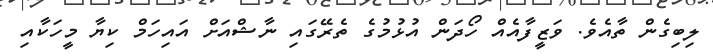
ލިބިގެން ތާއެވެ. ވަޒީފާއެއް ހޯދަން އުޅުމުގެ ތެރޭގައި ނާޝްއަށް އައިހަމް ކިޔާ މީހަކާއި